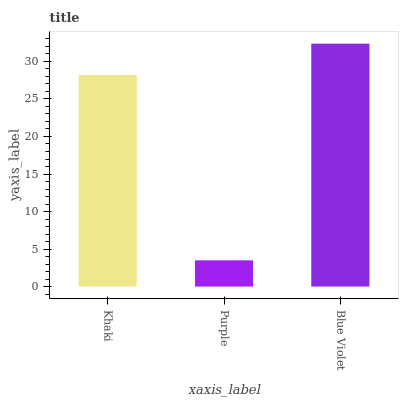
| xaxis_label | bars |
 | --- | --- |
 | Khaki | 28.2 |
 | Purple | 3.5 |
 | Blue Violet | 32.4 |